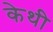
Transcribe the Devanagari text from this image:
केथी